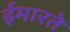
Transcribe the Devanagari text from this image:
ईमारते